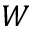
W